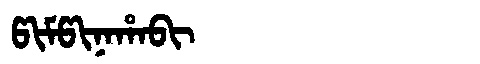
Manchu: ᡦᡳᠮᡦᡳᠨᠠᡥᠠᠪᡳ
Romanization: PIMPINAHABI